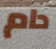
دام